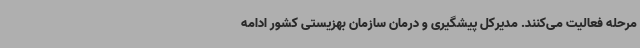
مرحله فعالیت می‌کنند. مدیرکل پیشگیری و درمان سازمان بهزیستی کشور ادامه